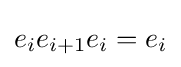
e_{i}e_{i+1}e_{i}=e_{i}